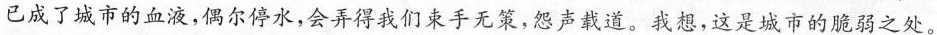
已成了城市的血液，偶尔停水，会弄得我们束手无策，怨声载道。我想，这是城市的脆弱之处。